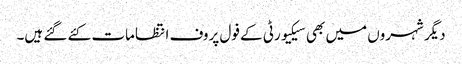
دیگر شہروں میں بھی سیکیورٹی کے فول پروف انتظامات کئے گئے ہیں۔